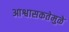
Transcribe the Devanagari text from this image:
आश्वासकतेमुळे